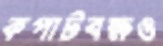
কপাটবক্ষও